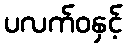
ပလက်ဝနှင့်